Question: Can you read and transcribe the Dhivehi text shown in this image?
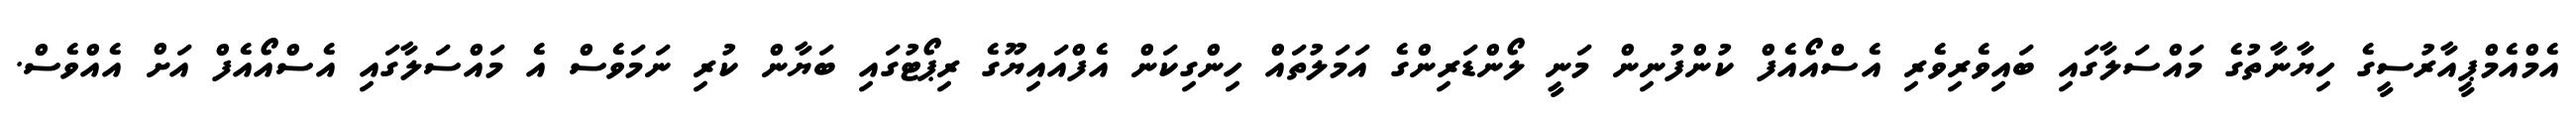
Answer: އެމްއެމްޕީއާރުސީގެ ހިޔާނާތުގެ މައްސަލާގައި ބައިވެރިވެރި އެސްއޯއެފް ކުންފުނިން މަނީ ލޯންޑަރިންގެ އަމަލުތައް ހިންގިކަން އެފްއައިޔޫގެ ރިޕޯޓުގައި ބަޔާން ކުރި ނަމަވެސް އެ މައްސަލާގައި އެސްއޯއެފް އަށް އެއްވެސް.